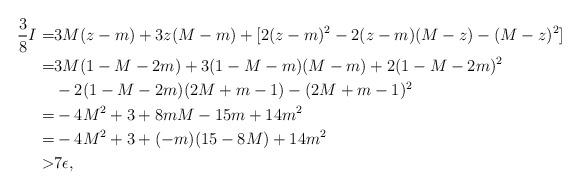
LaTeX: \begin{align*}\frac 38 I =& 3M(z-m) +3z(M-m) + [ 2(z-m)^2 -2 (z-m)(M-z) -(M-z)^2 ]\\=& 3M(1-M-2m) + 3(1-M-m)(M-m) + 2( 1-M-2m )^2\\ & -2 (1-M-2m)(2M+m-1) - (2M+m-1)^2 \\=& -4M^2 + 3 + 8mM -15m+14m^2\\=& -4M^2 + 3 + (-m)(15-8M )+14m^2\\>& 7\epsilon,\end{align*}